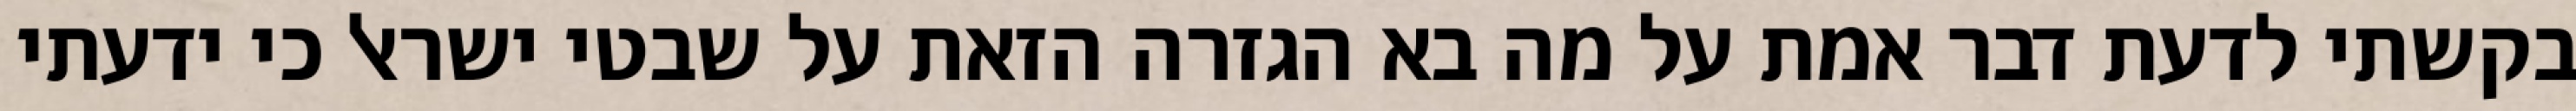
בקשתי לדעת דבר אמת על מה בא הגזרה הזאת על שבטי ישראל כי ידעתי